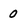
Character: 0